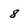
Character: 8